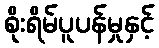
စိုးရိမ်ပူပန်မှုနှင့်